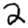
Digit: 2